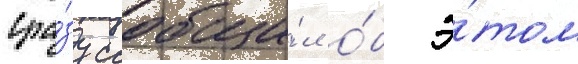
сра́зу сообщи́л о́б э́том